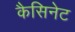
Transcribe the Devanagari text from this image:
कैसिनेट